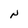
Character: N